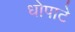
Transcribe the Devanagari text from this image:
धोपाटे